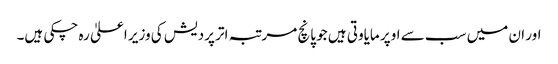
اور ان میں سب سے اوپر مایاوتی ہیں جو پانچ مرتبہ اتر پردیش کی وزیر اعلیٰ رہ چکی ہیں۔